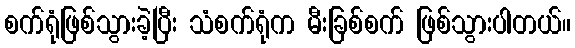
စက်ရုံဖြစ်သွားခဲ့ပြီး သံစက်ရုံက မီးခြစ်စက် ဖြစ်သွားပါတယ်။